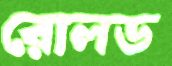
রোলড